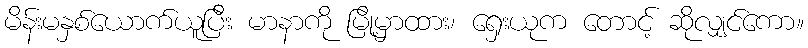
မိန်းမနှစ်ယောက်ယူပြီး မာနာကို မြို့မှာထား၊ ရှေးယုက တောင့် ဆိုလျှင်ကော။